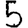
Digit: 5